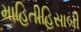
માહિતીહિસાબી